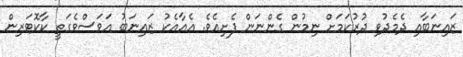
ޒައިނަބާއި ދެމެދުވި ދުރުކަމަށް ނިމުން ގެންނަން ފެށިއެވެ. އެއާއެކު ޒައިނަބު އަވަސްވެގަތީ ކާކޮޓަރިން